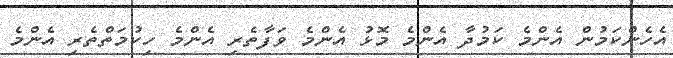
އެހެންކަމުން އެންމެ ކަމުދާ އެންމެ މޮޅު އެންމެ ވަފާތެރި އެންމެ ހިކުމަތްތެރި އެންމެ